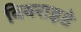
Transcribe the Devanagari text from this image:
विवराइडे